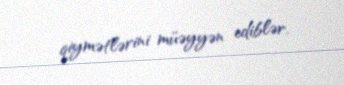
qiymətlərini müəyyən ediblər.